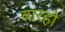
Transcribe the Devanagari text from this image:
बारहो